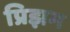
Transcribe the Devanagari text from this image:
प्रिझम